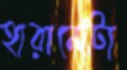
হারানোটা